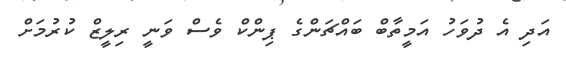
އަދި އެ ދުވަހު އަމީތާބް ބައްޗަންގެ ޕިންކް ވެސް ވަނީ ރިލީޒް ކުރުމަށް